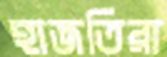
হাজতিরা